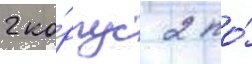
2 ко́рпус 2 по́